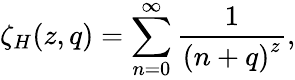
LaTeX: \zeta_{H}(z,q)=\sum_{n=0}^{\infty}\frac{1}{\left(n+q\right)^{z}},